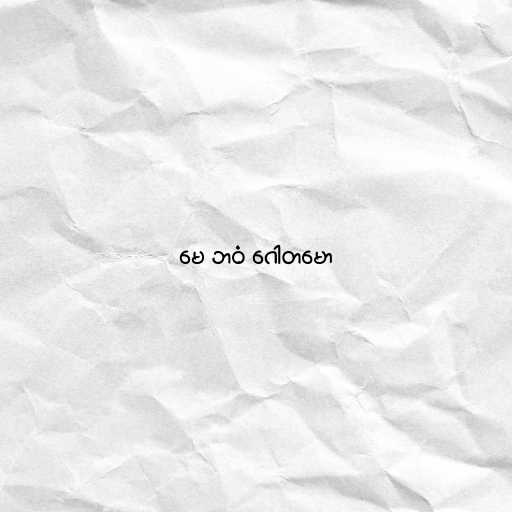
မေ ဘဝံ ဂေါတမော